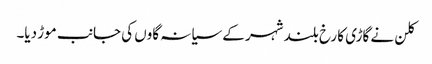
کلن نے گاڑی کا رخ بلند شہر کے سیانہ گاوں کی جانب موڑ دیا۔